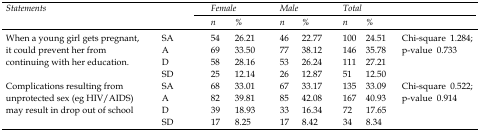
| <ROWSPAN=2-COLSPAN=2> Statements | <COLSPAN=2> Female | <COLSPAN=2> Male | <COLSPAN=2> Total | <ROWSPAN=2>  |
 | n | % | n | % | n | % |
 | --- | --- | --- | --- | --- | --- | --- | --- | --- |
 | <ROWSPAN=4> When a young girl gets pregnant, it could prevent her from continuing with her education. | SA | 54 | 26.21 | 46 | 22.77 | 100 | 24.51 | <ROWSPAN=4> Chi-square 1.284; p-value 0.733 |
 | A | 69 | 33.50 | 77 | 38.12 | 146 | 35.78 |
 | D | 58 | 28.16 | 53 | 26.24 | 111 | 27.21 |
 | SD | 25 | 12.14 | 26 | 12.87 | 51 | 12.50 |
 | <ROWSPAN=4> Complications resulting from unprotected sex (eg HIV/AIDS) may result in drop out of school | SA | 68 | 33.01 | 67 | 33.17 | 135 | 33.09 | <ROWSPAN=4> Chi-square 0.522; p-value 0.914 |
 | A | 82 | 39.81 | 85 | 42.08 | 167 | 40.93 |
 | D | 39 | 18.93 | 33 | 16.34 | 72 | 17.65 |
 | SD | 17 | 8.25 | 17 | 8.42 | 34 | 8.34 |